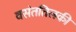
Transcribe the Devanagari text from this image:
वसंततिलकी